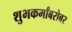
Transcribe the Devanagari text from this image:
शुभकर्मांबरोबर